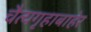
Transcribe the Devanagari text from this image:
चैत्यगृहाबाहेर